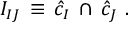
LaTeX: { \cal I } _ { I J } \, \equiv \, { \hat { c } } _ { I } \, \cap \, { \hat { c } } _ { J } \ .